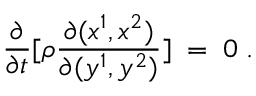
\frac { \partial } { \partial t } [ \rho \frac { \partial ( x ^ { 1 } , x ^ { 2 } ) } { \partial ( y ^ { 1 } , y ^ { 2 } ) } ] \; = \; 0 \; .